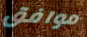
موافق